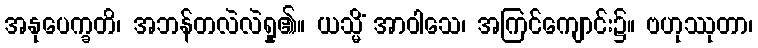
အနုပေက္ခတိ၊ အဘန်တလဲလဲရှု၏။ ယသ္မိံ အာဝါသေ၊ အကြင်ကျောင်း၌။ ဗဟုဿုတာ၊